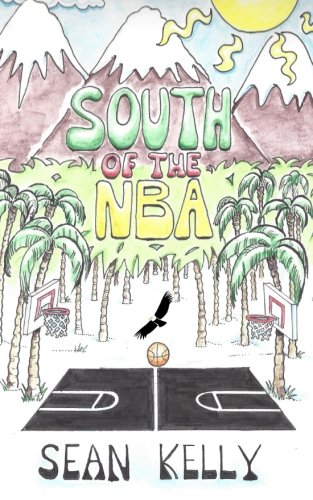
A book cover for South of the NBA; Sean Kelly; Literature & Fiction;